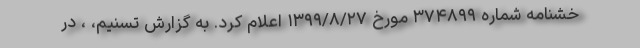
خشنامه شماره ۳۷۴۸۹۹ مورخ ۱۳۹۹/۸/۲۷ اعلام کرد. به گزارش تسنیم، ، در